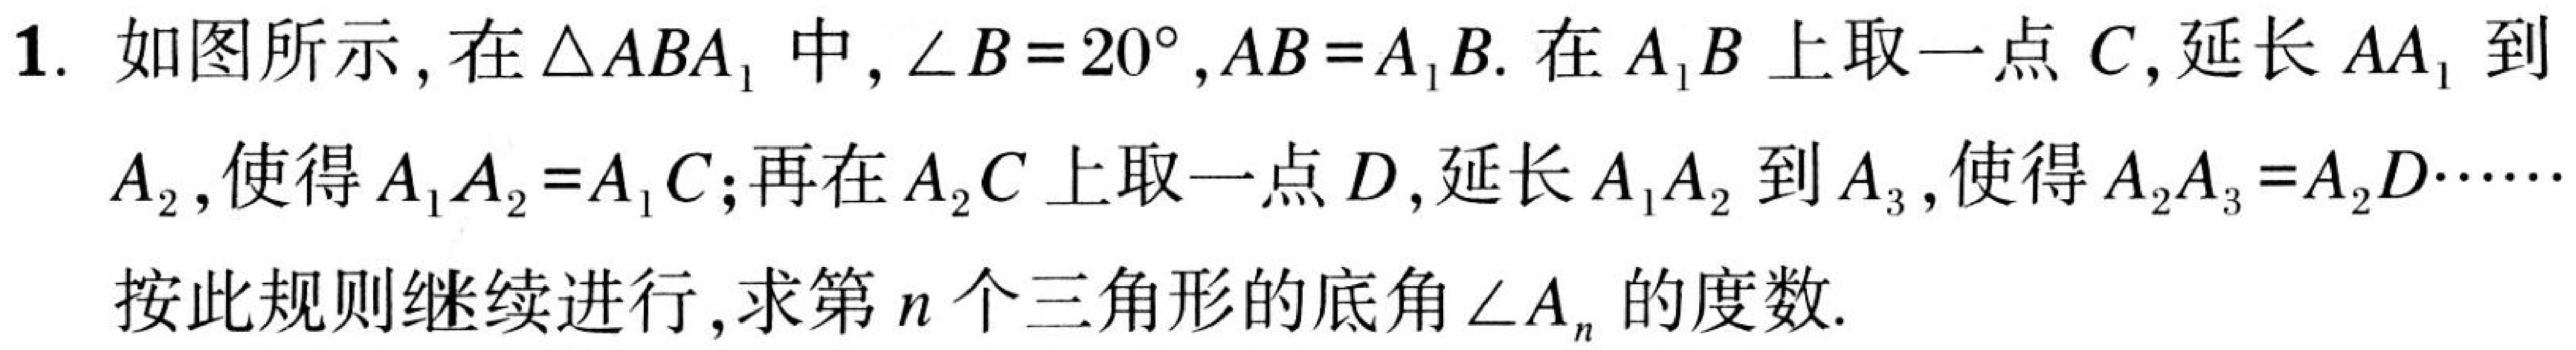
1. 如图所示，在$\triangle ABA_{1}$中，$\angle B = 20^{\circ}$，$AB = A_{1}B$. 在$A_{1}B$上取一点$C$，延长$AA_{1}$到
$A_{2}$，使得$A_{1}A_{2}=A_{1}C$；再在$A_{2}C$上取一点$D$，延长$A_{1}A_{2}$到$A_{3}$，使得$A_{2}A_{3}=A_{2}D\cdots\cdots$
按此规则继续进行，求第$n$个三角形的底角$\angle A_{n}$的度数.